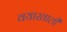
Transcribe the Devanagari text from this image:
वयाखाली